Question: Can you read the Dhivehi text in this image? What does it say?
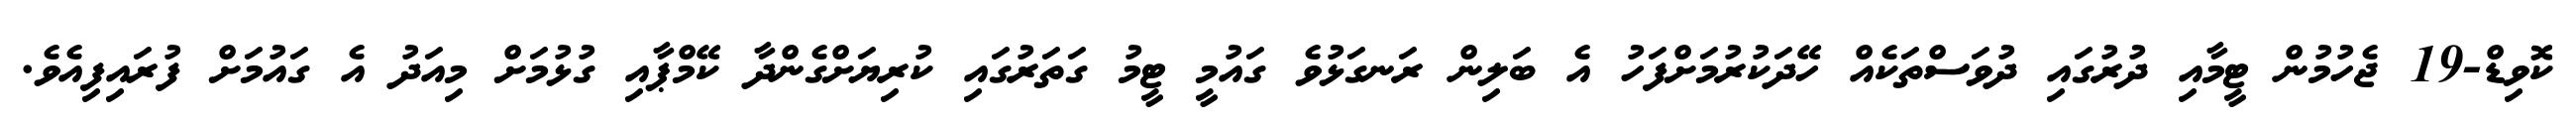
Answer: ކޮވިޑް-19 ޖެހުމުން ޓީމާއި ދުރުގައި ދުވަސްތަކެއް ހޭދަކުރުމަށްފަހު އެ ބަލިން ރަނގަޅުވެ ގައުމީ ޓީމު ގަތަރުގައި ކުރިޔަށްގެންދާ ކޭމްޕާއި ގުޅުމަށް މިއަދު އެ ގައުމަށް ފުރައިފިއެވެ.